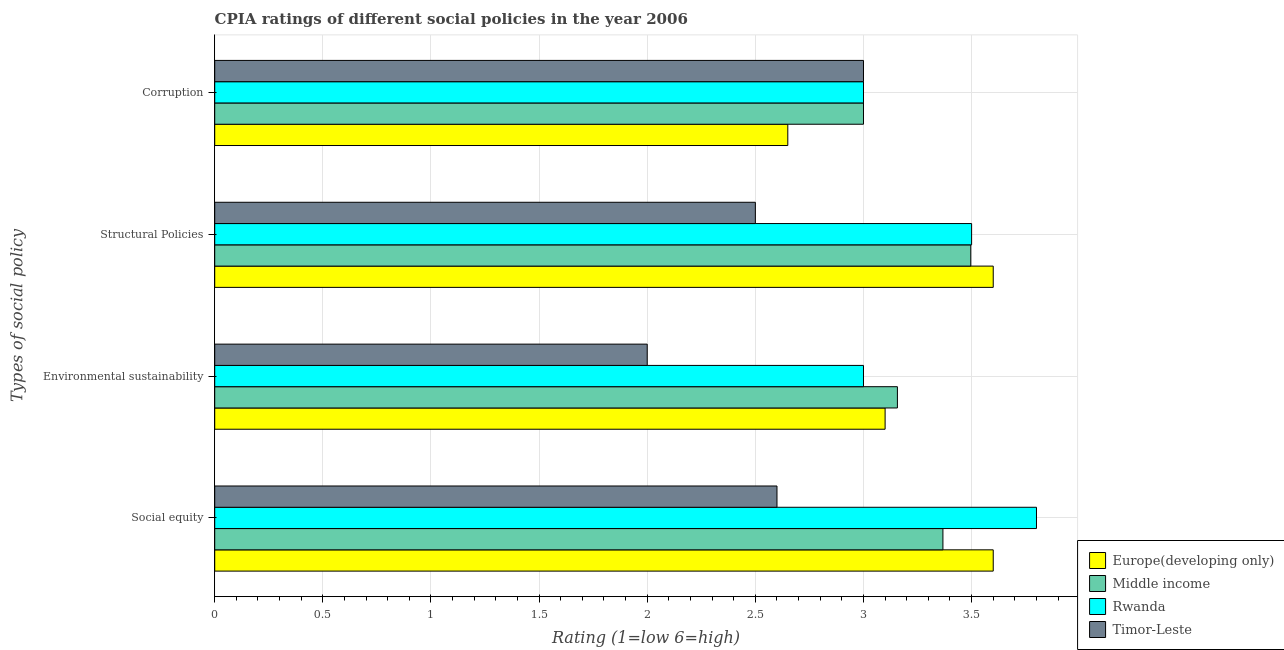
| Types of social policy | Europe(developing only) | Middle income | Rwanda | Timor-Leste |
 | --- | --- | --- | --- | --- |
 | Social equity | 3.6 | 3.37 | 3.8 | 2.6 |
 | Environmental sustainability | 3.1 | 3.16 | 3 | 2 |
 | Structural Policies | 3.6 | 3.5 | 3.5 | 2.5 |
 | Corruption | 2.65 | 3 | 3 | 3 |